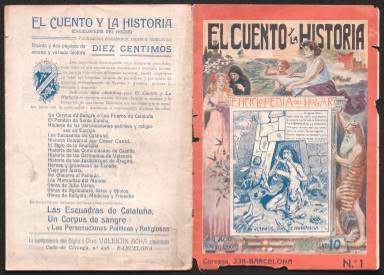
Título: El Cuento y la historia
Colección: Literatura
Ámbito geográfico: Barcelona
Lugar de publicación: Barcelona
Fechas: 01/01/1908-31/12/1909